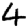
Digit: 4